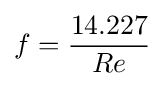
f={\frac {14.227}{Re}}